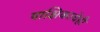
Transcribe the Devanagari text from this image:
पाक्षिकाचेही